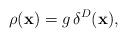
LaTeX: \begin{align*}\rho({\bf x})=g\,\delta^{D}({\bf x}), \end{align*}